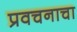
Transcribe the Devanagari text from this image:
प्रवचनाचा